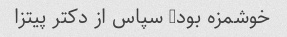
خوشمزه بود- سپاس از دکتر پیتزا